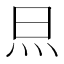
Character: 𭴋